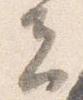
夫